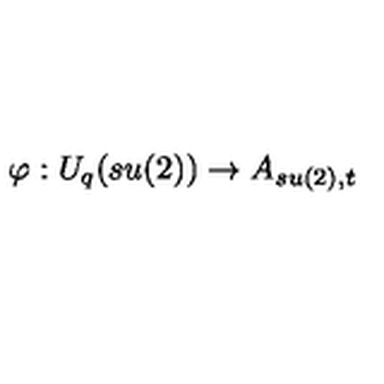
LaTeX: \varphi : U _ { q } ( s u ( 2 ) ) \rightarrow A _ { s u ( 2 ) , t }